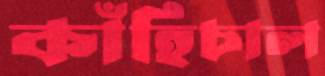
কাঁহিচাল